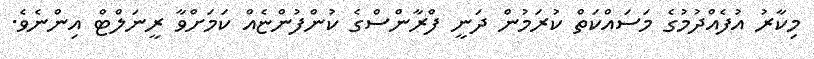
މިކާރު އުފެއްދުމުގެ މަސައްކަތް ކުރަމުން ދަނީ ފްރާންސްގެ ކުންފުންޏެއް ކަމަށްވާ ރީނަލްޓް އިންނެވެ.